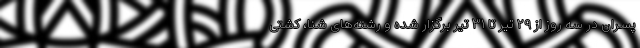
پسران در سه روز از ۲۹ تیر تا ۳۱ تیر برگزار شده و رشته‌های شنا، کشتی